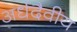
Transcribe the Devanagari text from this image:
अर्धदैवीय